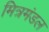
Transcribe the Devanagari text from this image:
मित्रमंडल